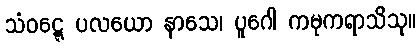
သံဝဋ္ဋေ ပလယော နာသေ၊ ပူဂေါ ကမုကရာသိသု။